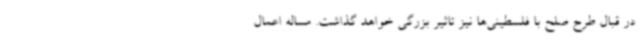
در قبال طرح صلح با فلسطینی‌ها نیز تاثیر بزرگی خواهد گذاشت. مساله اعمال